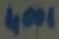
Text: 4001